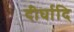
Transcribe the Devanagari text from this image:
दीर्घादि